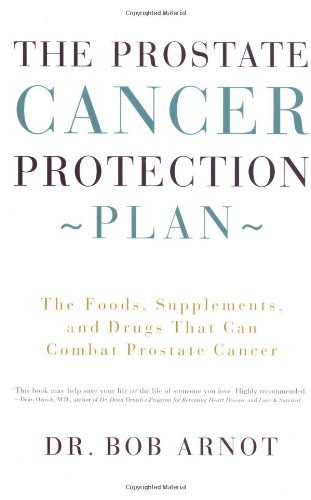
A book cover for The Prostate Cancer Protection Plan : The Foods, Supplements, and Drugs that Can Combat Prostate Cancer; Dr. Bob Arnot; Health, Fitness & Dieting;